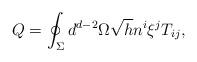
LaTeX: \begin{align*}Q=\oint_{\Sigma }d^{d-2}\Omega \sqrt{h}n^{i}\xi ^{j}T_{ij},\end{align*}